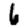
Digit: 6